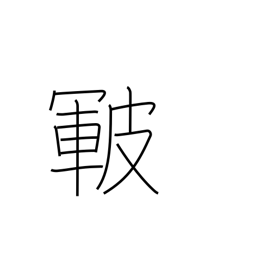
Meaning: skin cracks or roughness